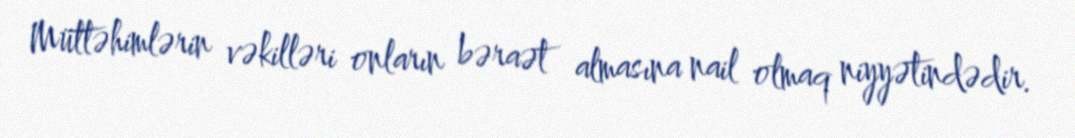
Müttəhimlərin vəkilləri onların bəraət almasına nail olmaq niyyətindədir.